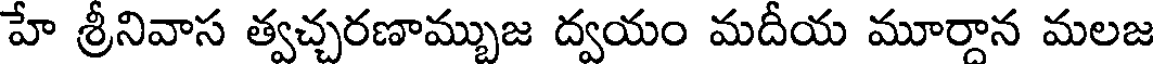
హే శ్రీనివాస త్వచ్చరణామ్బుజ ద్వయం మదీయ మూర్దాన మలజ